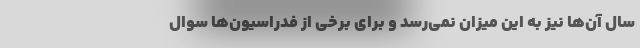
سال آن‌ها نیز به این میزان نمی‌رسد و برای برخی از فدراسیون‌ها سوال